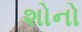
શોનો